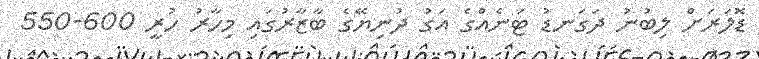
ޑޮލަރަށް ލިބުނު ދަގަނޑު ޓަނެއްގެ އަގު ދުނިޔޭގެ ބާޒާރުގައި މިހާރު ހުރީ 600-550